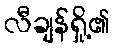
လီချန်ရှို့၏